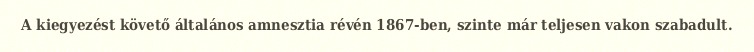
A kiegyezést követő általános amnesztia révén 1867-ben, szinte már teljesen vakon szabadult.